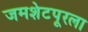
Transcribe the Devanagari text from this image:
जमशेटपूरला